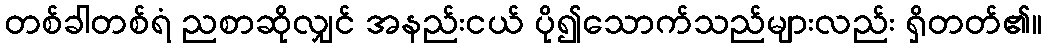
တစ်ခါတစ်ရံ ညစာဆိုလျှင် အနည်းငယ် ပို၍သောက်သည်များလည်း ရှိတတ်၏။